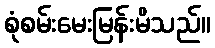
စုံစမ်းမေးမြန်းမိသည်။